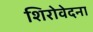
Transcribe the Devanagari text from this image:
शिरोवेदना